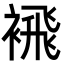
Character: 䙍